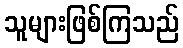
သူများဖြစ်ကြသည်